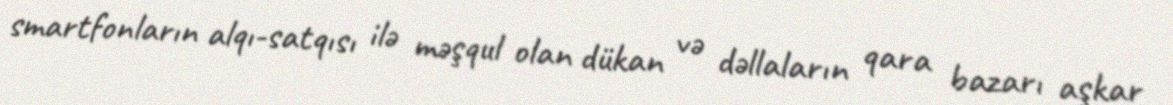
smartfonların alqı-satqısı ilə məşqul olan dükan və dəllaların qara bazarı aşkar